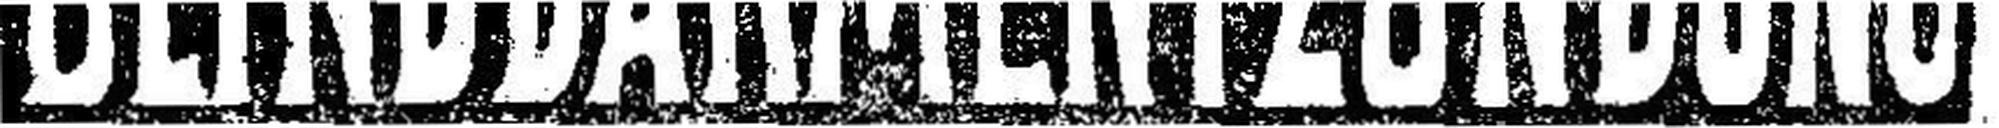
BLINDDARMENTZÜNDUNG